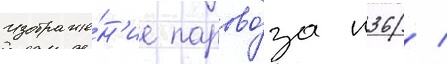
Изображе́н'ие парово́за п36 /